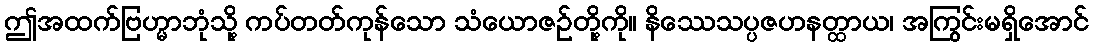
ဤအထက်ဗြဟ္မာဘုံသို့ ကပ်တတ်ကုန်သော သံယောဇဉ်တို့ကို။ နိဿေသပ္ပဇဟနတ္ထာယ၊ အကြွင်းမရှိအောင်